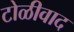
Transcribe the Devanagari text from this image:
टोळीवाद